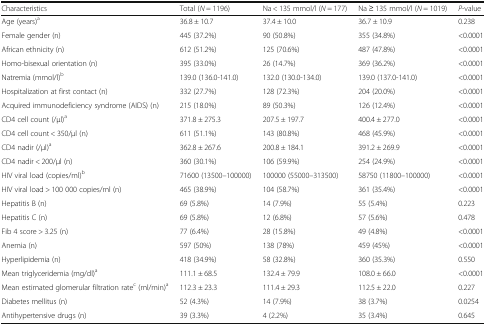
<table><thead><tr><td><b>Characteristics</b></td><td><b>Total (<i>N</i> = 1196)</b></td><td><b>Na &lt; 135 mmol/l (<i>N</i> = 177)</b></td><td><b>Na ≥ 135 mmol/l (<i>N</i> = 1019)</b></td><td><b><i>P</i>-value</b></td></tr></thead><tbody><tr><td>Age (years)<sup>a</sup></td><td>36.8 ± 10.7</td><td>37.4 ± 10.0</td><td>36.7 ± 10.9</td><td>0.238</td></tr><tr><td>Female gender (n)</td><td>445 (37.2%)</td><td>90 (50.8%)</td><td>355 (34.8%)</td><td>&lt;0.0001</td></tr><tr><td>African ethnicity (n)</td><td>612 (51.2%)</td><td>125 (70.6%)</td><td>487 (47.8%)</td><td>&lt;0.0001</td></tr><tr><td>Homo-bisexual orientation (n)</td><td>395 (33.0%)</td><td>26 (14.7%)</td><td>369 (36.2%)</td><td>&lt;0.0001</td></tr><tr><td>Natremia (mmol/l)<sup>b</sup></td><td>139.0 (136.0-141.0)</td><td>132.0 (130.0-134.0)</td><td>139.0 (137.0-141.0)</td><td>&lt;0.0001</td></tr><tr><td>Hospitalization at first contact (n)</td><td>332 (27.7%)</td><td>128 (72.3%)</td><td>204 (20.0%)</td><td>&lt;0.0001</td></tr><tr><td>Acquired immunodeficiency syndrome (AIDS) (n)</td><td>215 (18.0%)</td><td>89 (50.3%)</td><td>126 (12.4%)</td><td>&lt;0.0001</td></tr><tr><td>CD4 cell count (/μl)<sup>a</sup></td><td>371.8 ± 275.3</td><td>207.5 ± 197.7</td><td>400.4 ± 277.0</td><td>&lt;0.0001</td></tr><tr><td>CD4 cell count &lt; 350/μl (n)</td><td>611 (51.1%)</td><td>143 (80.8%)</td><td>468 (45.9%)</td><td>&lt;0.0001</td></tr><tr><td>CD4 nadir (/μl)<sup>a</sup></td><td>362.8 ± 267.6</td><td>200.8 ± 184.1</td><td>391.2 ± 269.9</td><td>&lt;0.0001</td></tr><tr><td>CD4 nadir &lt; 200/μl (n)</td><td>360 (30.1%)</td><td>106 (59.9%)</td><td>254 (24.9%)</td><td>&lt;0.0001</td></tr><tr><td>HIV viral load (copies/ml)<sup>b</sup></td><td>71600 (13500–100000)</td><td>100000 (55000–313500)</td><td>58750 (11800–100000)</td><td>&lt;0.0001</td></tr><tr><td>HIV viral load &gt; 100 000 copies/ml (n)</td><td>465 (38.9%)</td><td>104 (58.7%)</td><td>361 (35.4%)</td><td>&lt;0.0001</td></tr><tr><td>Hepatitis B (n)</td><td>69 (5.8%)</td><td>14 (7.9%)</td><td>55 (5.4%)</td><td>0.223</td></tr><tr><td>Hepatitis C (n)</td><td>69 (5.8%)</td><td>12 (6.8%)</td><td>57 (5.6%)</td><td>0.478</td></tr><tr><td>Fib 4 score &gt; 3.25 (n)</td><td>77 (6.4%)</td><td>28 (15.8%)</td><td>49 (4.8%)</td><td>&lt;0.0001</td></tr><tr><td>Anemia (n)</td><td>597 (50%)</td><td>138 (78%)</td><td>459 (45%)</td><td>&lt;0.0001</td></tr><tr><td>Hyperlipidemia (n)</td><td>418 (34.9%)</td><td>58 (32.8%)</td><td>360 (35.3%)</td><td>0.550</td></tr><tr><td>Mean triglyceridemia (mg/dl)<sup>a</sup></td><td>111.1 ± 68.5</td><td>132.4 ± 79.9</td><td>108.0 ± 66.0</td><td>&lt;0.0001</td></tr><tr><td>Mean estimated glomerular filtration rate<sup>c</sup> (ml/min)<sup>a</sup></td><td>112.3 ± 23.3</td><td>111.4 ± 29.3</td><td>112.5 ± 22.0</td><td>0.227</td></tr><tr><td>Diabetes mellitus (n)</td><td>52 (4.3%)</td><td>14 (7.9%)</td><td>38 (3.7%)</td><td>0.0254</td></tr><tr><td>Antihypertensive drugs (n)</td><td>39 (3.3%)</td><td>4 (2.2%)</td><td>35 (3.4%)</td><td>0.645</td></tr></tbody></table>